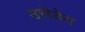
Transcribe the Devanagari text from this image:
उरोडेय